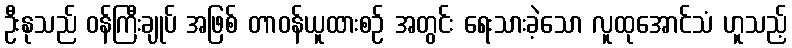
ဦးနုသည် ဝန်ကြီးချုပ် အဖြစ် တာဝန်ယူထားစဉ် အတွင်း ရေးသားခဲ့သော လူထုအောင်သံ ဟူသည့်